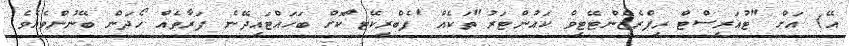
އޭ) އަށް "ޓުއަރިސްޓް ރިޕްރެޒެންޓޭޓިވް ކައުންޓަރު"ތަކެއް 'ފެބްރިކޭޓ'ްކޮށް ބަހައްޓައިދޭނެ ފަރާތެއް ހޯދަން ބޭނުންވެއެވެ.